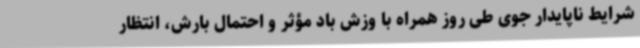
شرایط ناپایدار جوی طی روز همراه با وزش باد مؤثر و احتمال بارش، انتظار